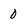
Character: 0